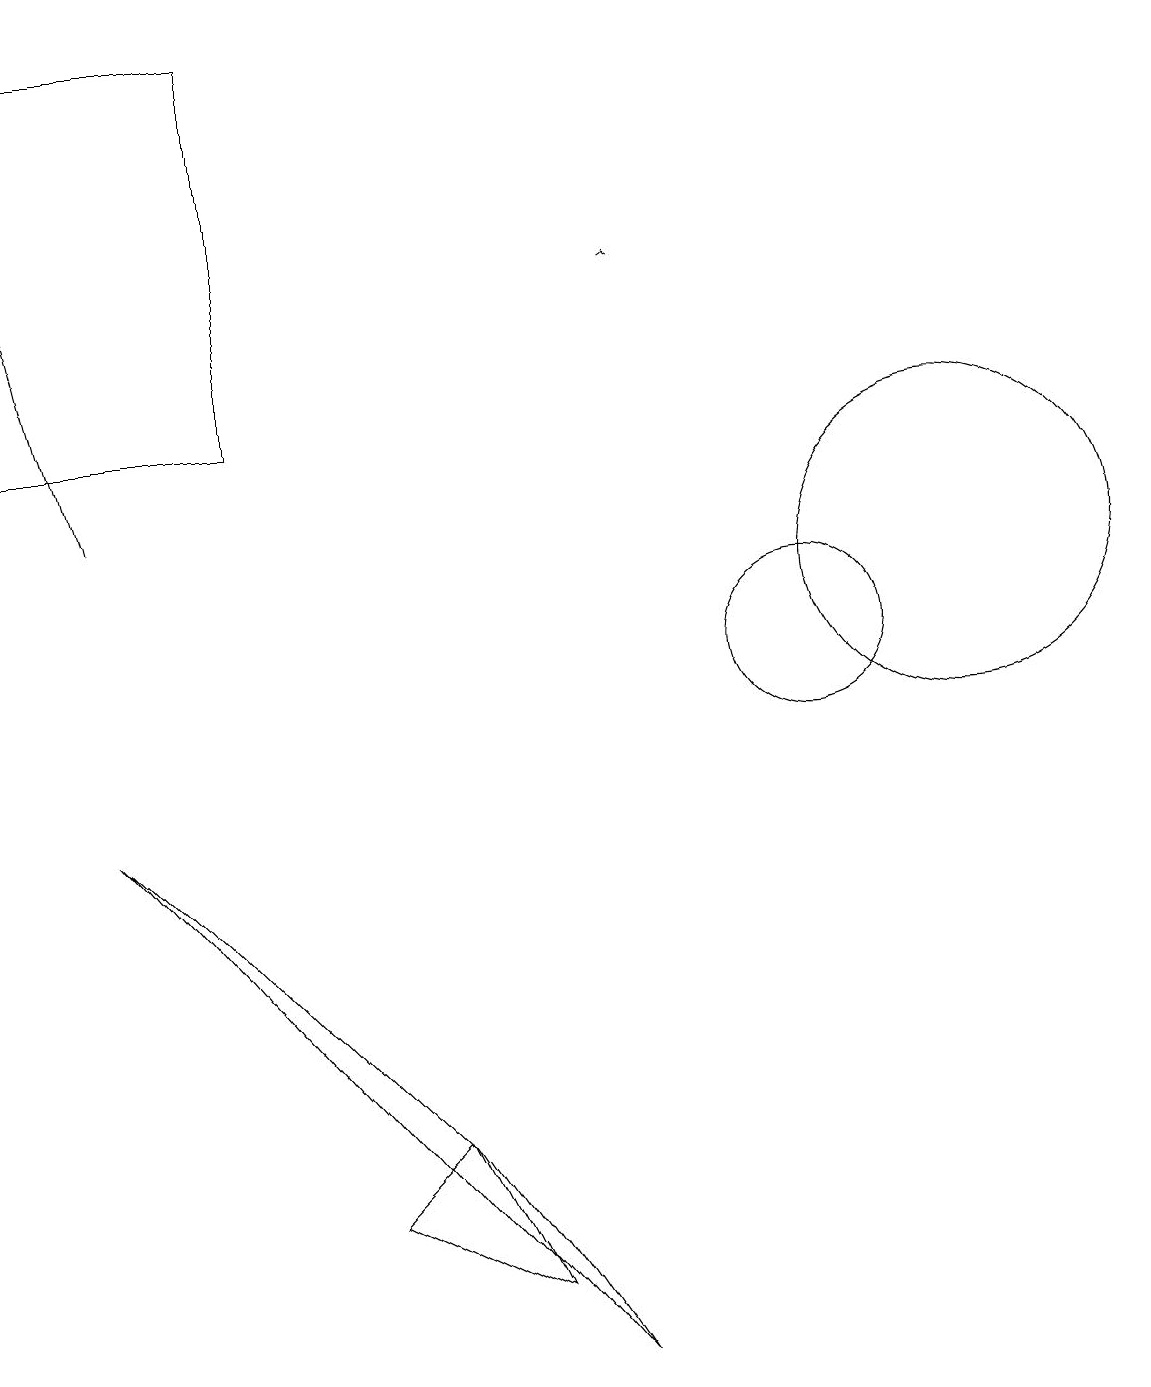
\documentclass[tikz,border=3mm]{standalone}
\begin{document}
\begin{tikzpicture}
\draw (12,12) circle (2);
\draw[->] (1,13) -- (0,17);
\draw[->] (8,16) -- (8,16);
\draw (10,11) circle (1);
\draw (1,9) -- (7,2) -- (5,5) -- cycle;
\draw (3,19) rectangle (0,14);
\draw (6,3) -- (4,4) -- (5,5) -- cycle;
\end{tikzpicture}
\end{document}